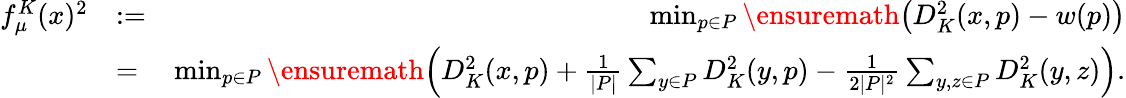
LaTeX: \begin{array}{rlr}{f_{\mu}^{K}(x)^{2}}&{:=}&{\operatorname*{min}_{p\in P}\ensuremath{\left(D_{K}^{2}(x,p)-w(p)\right)}}\\ &{=}&{\operatorname*{min}_{p\in P}\ensuremath{\left(D_{K}^{2}(x,p)+\frac{1}{|P|}\sum_{y\in P}D_{K}^{2}(y,p)-\frac{1}{2|P|^{2}}\sum_{y,z\in P}D_{K}^{2}(y,z)\right)}.}\end{array}